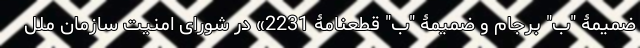
ضمیمۀ "ب" برجام و ضمیمۀ "ب" قطعنامۀ 2231» در شورای امنیت سازمان ملل